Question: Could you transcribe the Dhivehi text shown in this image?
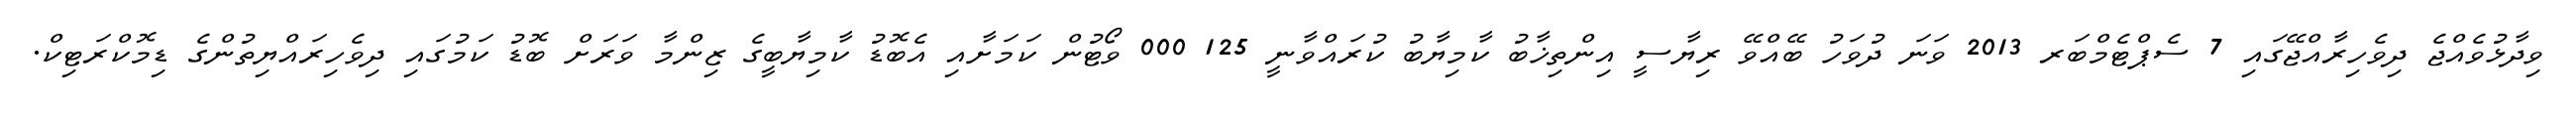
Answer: ވިދާޅުވެއްޖެ ދިވެހިރާއްޖޭގައި 7 ސެޕްޓެމްބަރ 2013 ވަނަ ދުވަހު ބޭއްވޭ ރިޔާސީ އިންތިޚާބު ކާމިޔާބު ކުރައްވާނީ 125 000 ވޯޓުން ކަމަށާއި އެބޮޑު ކާމިޔާބީގެ ޒިންމާ ވަރަށް ބޮޑު ކަމުގައި ދިވެހިރައްޔިތުންގެ ޑިމޮކްރަޓިކް.